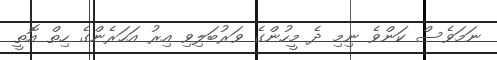
ނަމަވެސް ކަންވެ ނިމި ދެ މީހުންގެ ވަރުބަލިވި އިރު އަހަރެންގެ ހިތް އޮތީ